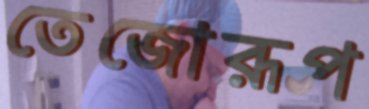
তেজোরূপ